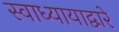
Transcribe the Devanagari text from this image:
स्वाध्यायाद्वारे